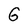
Character: G